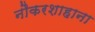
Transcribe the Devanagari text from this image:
नौकरशाहाना